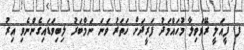
ފ. ފީއަލީ ރޭޭވަވިލާ މުހައްމަދު ފަރީދަށް ހަތަރު ވަނަ ނަމްބަރު ލިބިވަޑައިގެންނެވި އިރު